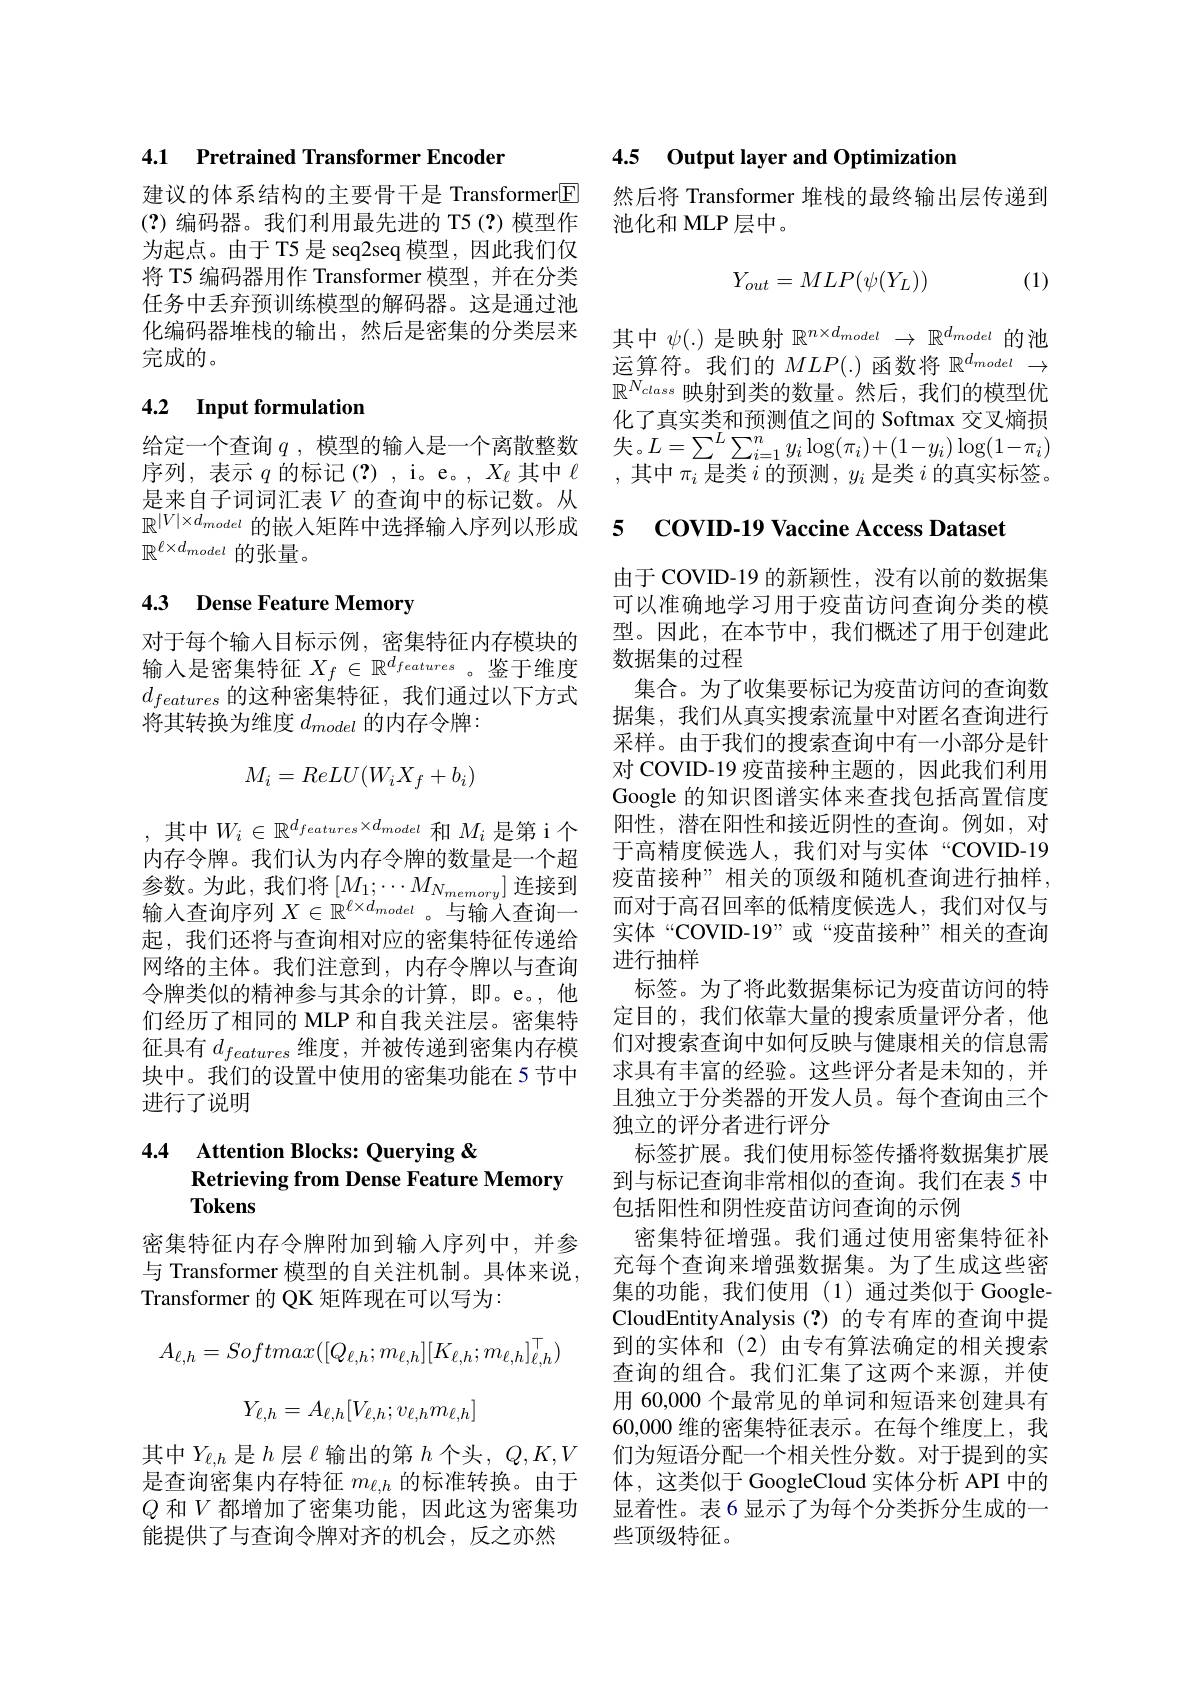
4.1 Pretrained Transformer Encoder

为起点。由于 T5 是 seq2seq 模型，因此我们仅将 T5 编码器用作 Transformer 模型，并在分类任务中丢弃预训练模型的解码器。这是通过池化编码器堆栈的输出，然后是密集的分类层来完成的。

## 4.2 Input formulation

是来自子词词汇表$V$ 的查询中的标记数。从
$\mathbb{R} ^{| V| \times d_{model}\text{ 的 嵌 入 矩 阵 中 选 择 输 人 序 列 以 形 成 }}$ 5 COVID-19 Vaccine Access Dataset
$\mathbb{R}^{\ell\times d_{model}}$的张量。

## 4.3 Dense Feature Memory

对于每个输入目标示例，密集特征内存模块的输入是密集特征$X_f\in\mathbb{R}^{d_{features}}$ 。鉴于维度$d_{features}$的这种密集特征，我们通过以下方式将其转换为维度$d_model$的内存令牌：
$$M_i=ReLU(W_iX_f+b_i)$$
, 其 中 $W_i\in \mathbb{R} ^{d_{features}\times d_{model}}$ 和 $M_i$ 是 第 i 个 阳 性 , 潜 在 阳 性 和 接 近 阴 性 的 查 询 。例 如 , 对 内 存 令 牌 。我 们 认 为 内 存 令 牌 的 数 量 是 一 个 超 于 高 精 度 候 选 人 , 我 们 对 与 实 体 “ COVID- 19 台 半 , 当 此 。我 们 认 为 内 存 令 牌 的 数 量 是 一 个 超 疫 苗 接 种 ” 相 关 的 而 级 和 随 机 查 询 进 行 抽 样参数。为此，我们将$\left[M_1;\cdots M_{N_{memory}}\right]$连接到 疫苗接种”相关的顶级和随机查询进行抽样， 输入查询序列$X\in\mathbb{R}^\ell\times d_{model}$ 。与输入查询一
起，我们还将与查询相对应的密集特征传递给 实体“COVID-19”或“疫苗接种”相关的查询
网络的主体。我们注意到，内存令牌以与查询 进行抽样
令牌类似的精神参与其余的计算，即。e。,他们经历了相同的 MLP 和自我关注层。密集特征具有$d_{features}$维度 ,并被传递到密集内存模块中。我们的设置中使用的密集功能在 5 节中进行了说明

## 4.4 Attention Blocks: Querying & Retrieving from Dense Feature Memory Tokens

密集特征内存令牌附加到输人序列中，并参与 Transformer 模型的自关注机制。具体来说， Transformer 的 QK 矩阵现在可以写为：
$$A_{\ell,h}=Softmax([Q_{\ell,h};m_{\ell,h}][K_{\ell,h};m_{\ell,h}]_{\ell,h}^{\top})$$
$$Y_{\ell,h}=A_{\ell,h}[V_{\ell,h};v_{\ell,h}m_{\ell,h}]$$
能提供了与查询令牌对齐的机会，反之亦然

4.5 Output layer and Optimization

建议的体系结构的主要骨干是 Transformer$\overline{\mathrm{E}}$然后将 Transformer 堆栈的最终输出层传递到
(?)编码器。我们利用最先进的 T5(?)模型作 池化和 MLP 层中。
$$Y_{out}=MLP(\psi(Y_L))$$
(1)

其中$\psi(.)$是映射$\mathbb{R}^n\times d_{model}\to\mathbb{R}^{d_{model}}$的池运算符。我们的$MLP(.)$函数将$\mathbb{R}^d_{model}\to$ $\mathbb{R}^{N_{class}}$映射到类的数量。然后，我们的模型优化了真实类和预测值之间的 Softmax 交叉熵损
给定一个查询$q$ ,模型的输入是一个离散整数 失。$L=\sum^L\sum_{i=1}^ny_i\log(\pi_i)+(1-y_i)\log(1-\pi_i)$ 序列，表示$q$的标记(?) , i。e。, $X_\ell$其中$\ell$ ,其中$\pi_i$是类$i$的预测，$y_i$是类$i$的真实标签。

由于 COVID-19 的新颖性，没有以前的数据集可以准确地学习用于疫苗访问查询分类的模型。因此，在本节中，我们概述了用于创建此数据集的过程
集合。为了收集要标记为疫苗访问的查询数据集，我们从真实搜索流量中对匿名查询进行采样。由于我们的搜索查询中有一小部分是针对 COVID-19 疫苗接种主题的，因此我们利用Google 的知识图谱实体来查找包括高置信度而对于高召回率的低精度候选人，我们对仅与标签。为了将此数据集标记为疫苗访问的特定目的，我们依靠大量的搜索质量评分者，他们对搜索查询中如何反映与健康相关的信息需求具有丰富的经验。这些评分者是未知的，并且独立于分类器的开发人员。每个查询由三个独立的评分者进行评分
标签扩展。我们使用标签传播将数据集扩展到与标记查询非常相似的查询。我们在表 5 中包括阳性和阴性疫苗访问查询的示例
密集特征增强。我们通过使用密集特征补充每个查询来增强数据集。为了生成这些密集的功能，我们使用(1)通过类似于 GoogleCloudEntityAnalysis (?)的专有库的查询中提到的实体和(2)由专有算法确定的相关搜索查询的组合。我们汇集了这两个来源，并使用 60,000 个最常见的单词和短语来创建具有60,000 维的密集特征表示。在每个维度上，我
其中$Y_{\ell,h}$ 是$h$ 层$\ell$输出的第 $h$ 个头，$Q,K,V$ 们为短语分配一个相关性分数。对于提到的实是查询密集内存特征$m_{\ell,h}$的标准转换。由于 体，这类似于 GoogleCloud 实体分析 API 中的$Q$和$V$都增加了密集功能，因此这为密集功 显着性。表6 显示了为每个分类拆分生成的一
些顶级特征。